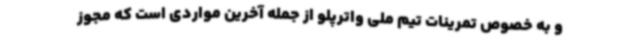
و به خصوص تمرینات تیم ملی واترپلو از جمله آخرین مواردی است که مجوز